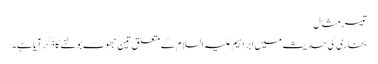
تیسر مثال
بخاری کی حدیث میں ابراہیم علیہ السلام کےمتعلق تین جھوٹ بولنے کا ذکرآیا ہے۔